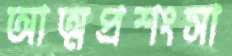
আত্মপ্রশংসা